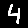
Digit: 4